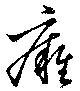
癕